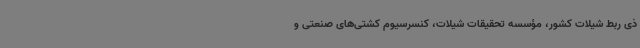
ذی ربط شیلات کشور، مؤسسه تحقیقات شیلات، کنسرسیوم کشتی‌های صنعتی و